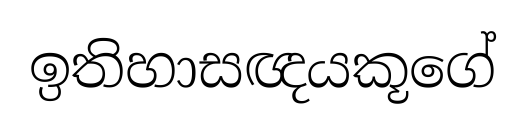
ඉතිහාසඥයකූගේ